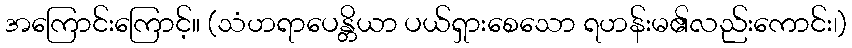
အကြောင်းကြောင့်။ (သံဟရာပေန္တိယာ ပယ်ရှားစေသော ရဟန်းမ၏လည်းကောင်း၊)